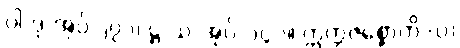
ပါ-ဒု-အုပ်-၂၇၁၊ ဋ္ဌ-သ-အုပ်-၁၄၁။ ဣတ္တဇစ္စောတိ (ပ)